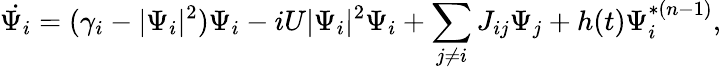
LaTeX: \dot{\Psi_{i}}=(\gamma_{i}-|\Psi_{i}|^{2})\Psi_{i}-iU|\Psi_{i}|^{2}\Psi_{i}+\sum_{j\ne i}{J}_{ij}\Psi_{j}+h(t)\Psi_{i}^{*(n-1)},